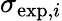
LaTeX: \sigma_{\mathrm{exp},i}